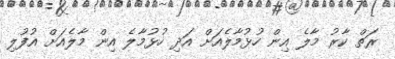
ރަތް ކާރު މާލެ އިން ހުޅުމާލެއަށް އަދި ހުޅުމާލެ އިން މާލެއަށް އުފުލި